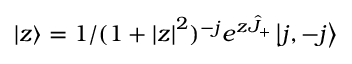
\left| z \right> = 1 / ( 1 + \left| z \right| ^ { 2 } ) ^ { - j } e ^ { z \hat { J } _ { + } } \left| j , - j \right>